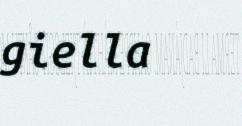
giella